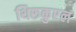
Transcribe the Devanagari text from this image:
थिरूकुरल